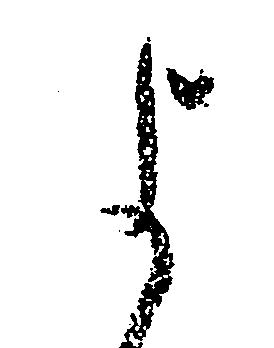
よ